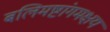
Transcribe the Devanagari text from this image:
बलिमष्टांगमक्षयं